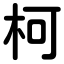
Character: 柯